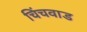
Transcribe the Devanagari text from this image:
चिंचवाड